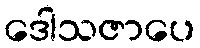
ဒေါသဇာပေ